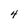
Character: 4